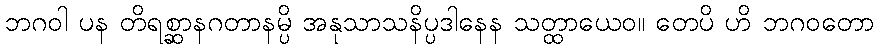
ဘဂဝါ ပန တိရစ္ဆာနဂတာနမ္ပိ အနုသာသနိပ္ပဒါနေန သတ္ထာယေဝ။ တေပိ ဟိ ဘဂဝတော